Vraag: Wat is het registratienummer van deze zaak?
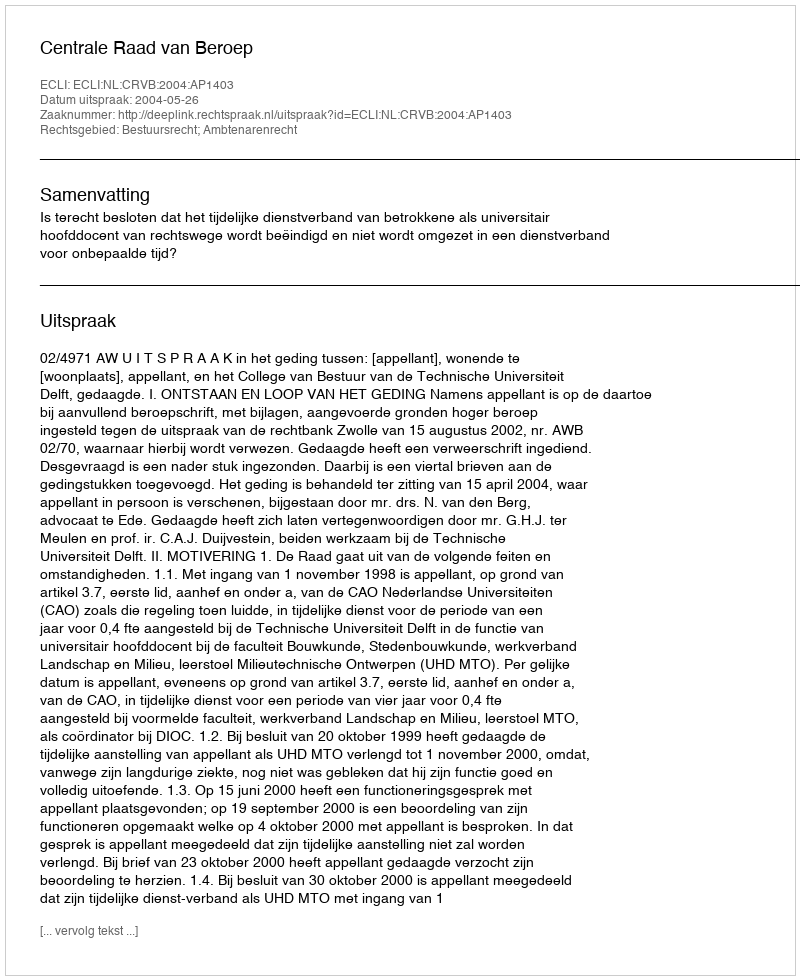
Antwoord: http://deeplink.rechtspraak.nl/uitspraak?id=ECLI:NL:CRVB:2004:AP1403